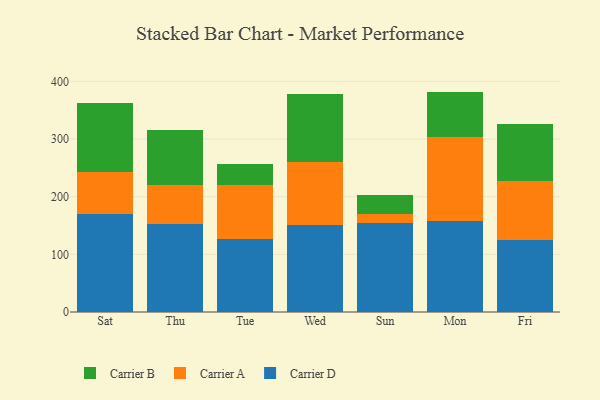
{"axis": {"x": "Day", "y": "Customer Acquisition Cost (USD)"}, "legend": ["Carrier A", "Carrier B", "Carrier D"], "data": [{"x": "Sat", "y": 170.2, "type": "Carrier D"}, {"x": "Sat", "y": 72.3, "type": "Carrier A"}, {"x": "Sat", "y": 120.5, "type": "Carrier B"}, {"x": "Thu", "y": 152.8, "type": "Carrier D"}, {"x": "Thu", "y": 67.3, "type": "Carrier A"}, {"x": "Thu", "y": 95.9, "type": "Carrier B"}, {"x": "Tue", "y": 126.6, "type": "Carrier D"}, {"x": "Tue", "y": 93.4, "type": "Carrier A"}, {"x": "Tue", "y": 36.9, "type": "Carrier B"}, {"x": "Wed", "y": 150.5, "type": "Carrier D"}, {"x": "Wed", "y": 109.8, "type": "Carrier A"}, {"x": "Wed", "y": 117.8, "type": "Carrier B"}, {"x": "Sun", "y": 153.6, "type": "Carrier D"}, {"x": "Sun", "y": 16.4, "type": "Carrier A"}, {"x": "Sun", "y": 33.5, "type": "Carrier B"}, {"x": "Mon", "y": 157.8, "type": "Carrier D"}, {"x": "Mon", "y": 145.9, "type": "Carrier A"}, {"x": "Mon", "y": 78.5, "type": "Carrier B"}, {"x": "Fri", "y": 124.3, "type": "Carrier D"}, {"x": "Fri", "y": 103.1, "type": "Carrier A"}, {"x": "Fri", "y": 98.0, "type": "Carrier B"}]}